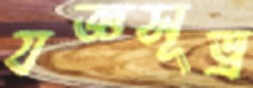
যজ্ঞসূত্র